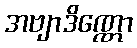
အဗျာဒိဏ္ဏော